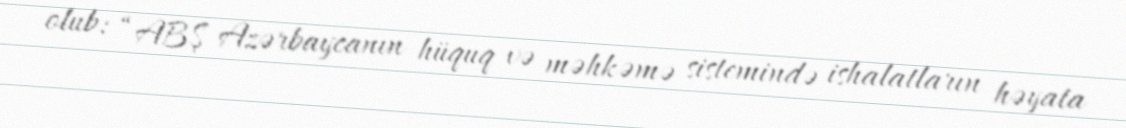
olub: “ABŞ Azərbaycanın hüquq və məhkəmə sistemində ishalatların həyata